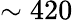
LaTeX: \sim 420